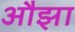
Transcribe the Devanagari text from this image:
औझा